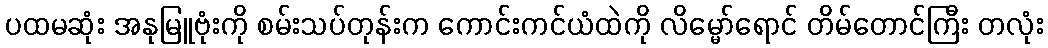
ပထမဆုံး အနုမြူဗုံးကို စမ်းသပ်တုန်းက ကောင်းကင်ယံထဲကို လိမ္မော်ရောင် တိမ်တောင်ကြီး တလုံး